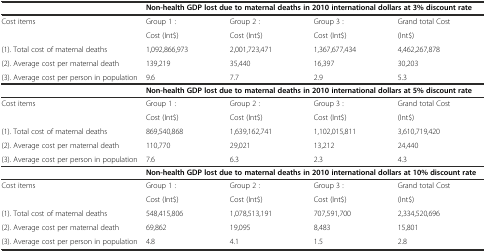
<table><thead><tr><td></td><td colspan="4"><b>Non-health GDP lost due to maternal deaths in 2010 international dollars at 3% discount rate</b></td></tr></thead><tbody><tr><td>Cost items</td><td>Group 1 :</td><td>Group 2 :</td><td>Group 3 :</td><td>Grand total Cost</td></tr><tr><td></td><td>Cost (Int$)</td><td>Cost (Int$)</td><td>Cost (Int$)</td><td>(Int$)</td></tr><tr><td>(1). Total cost of maternal deaths</td><td>1,092,866,973</td><td>2,001,723,471</td><td>1,367,677,434</td><td>4,462,267,878</td></tr><tr><td>(2). Average cost per maternal death</td><td>139,219</td><td>35,440</td><td>16,397</td><td>30,203</td></tr><tr><td>(3). Average cost per person in population</td><td>9.6</td><td>7.7</td><td>2.9</td><td>5.3</td></tr><tr><td></td><td colspan="4"><b>Non-health GDP lost due to maternal deaths in 2010 international dollars at 5% discount rate</b></td></tr><tr><td>Cost items</td><td>Group 1 :</td><td>Group 2 :</td><td>Group 3 :</td><td>Grand total Cost</td></tr><tr><td></td><td>Cost (Int$)</td><td>Cost (Int$)</td><td>Cost (Int$)</td><td>(Int$)</td></tr><tr><td>(1). Total cost of maternal deaths</td><td>869,540,868</td><td>1,639,162,741</td><td>1,102,015,811</td><td>3,610,719,420</td></tr><tr><td>(2). Average cost per maternal death</td><td>110,770</td><td>29,021</td><td>13,212</td><td>24,440</td></tr><tr><td>(3). Average cost per person in population</td><td>7.6</td><td>6.3</td><td>2.3</td><td>4.3</td></tr><tr><td></td><td colspan="4"><b>Non-health GDP lost due to maternal deaths in 2010 international dollars at 10% discount rate</b></td></tr><tr><td>Cost items</td><td>Group 1 :</td><td>Group 2 :</td><td>Group 3 :</td><td>Grand total Cost</td></tr><tr><td></td><td>Cost (Int$)</td><td>Cost (Int$)</td><td>Cost (Int$)</td><td>(Int$)</td></tr><tr><td>(1). Total cost of maternal deaths</td><td>548,415,806</td><td>1,078,513,191</td><td>707,591,700</td><td>2,334,520,696</td></tr><tr><td>(2). Average cost per maternal death</td><td>69,862</td><td>19,095</td><td>8,483</td><td>15,801</td></tr><tr><td>(3). Average cost per person in population</td><td>4.8</td><td>4.1</td><td>1.5</td><td>2.8</td></tr></tbody></table>